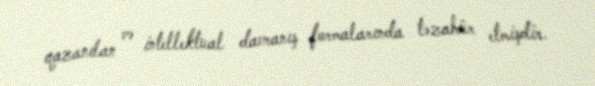
qazanılan və intellektual davranış formalarında təzahür etmişdir.